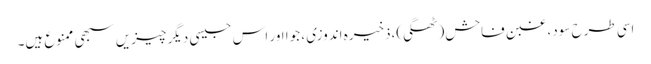
اسی طرح سود، غبن فاحش(ٹھگی)،ذخیرہ اندوزی ، جوا اور اس جیسی دیگر چیزیں سبھی ممنوع ہیں۔